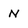
Character: N